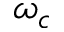
\omega _ { c }